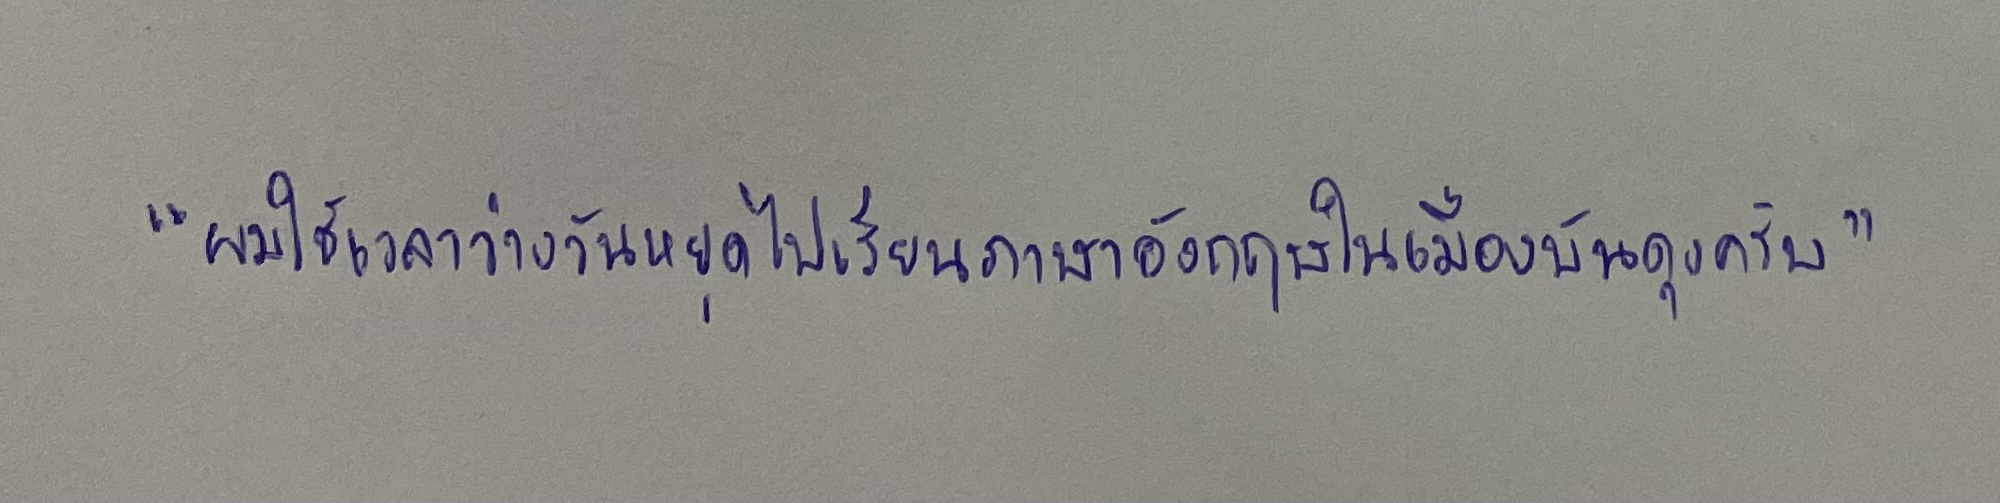
"ผมใช้เวลาว่างวันหยุดไปเรียนภาษาอังกฤษในเมืองบันดุงครับ"